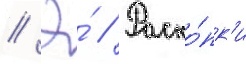
// Э́ // Раско́пк'и